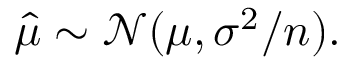
{ \hat { \mu } } \sim { \mathcal { N } } ( \mu , \sigma ^ { 2 } / n ) .